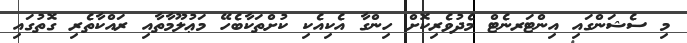
މި ސެޝަންގައި އިންޓަރނެޓް މެދުވެރިކޮށް ހިންގާ އެކިއެކި ކުށްތަކާބެހޭ މަޢުލޫމާތާއި ރައްކާތެރި ގޮތުގައި